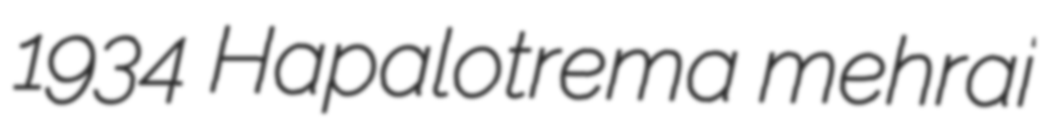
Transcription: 1934 Hapalotrema mehrai